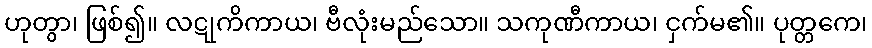
ဟုတွာ၊ ဖြစ်၍။ လဋုကိကာယ၊ ဗီလုံးမည်သော။ သကုဏီကာယ၊ ငှက်မ၏။ ပုတ္တကေ၊